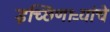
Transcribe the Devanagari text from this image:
इच्छिणाऱ्यांचे